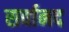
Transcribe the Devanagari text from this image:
सर्वानद